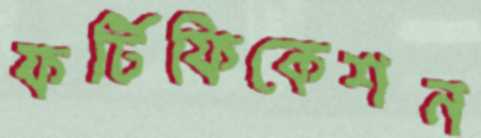
ফর্টিফিকেশন